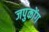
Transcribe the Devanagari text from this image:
जपुकोंग